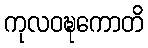
ကုလဝဍ္ဎကောတိ